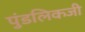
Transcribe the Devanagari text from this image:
पुंडलिकजी